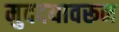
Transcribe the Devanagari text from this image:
मुददयावरून